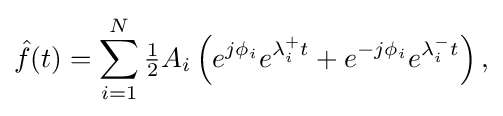
{\begin{aligned}{\hat {f}}(t)=\sum _{i=1}^{N}{\tfrac {1}{2}}A_{i}\left(e^{j\phi _{i}}e^{\lambda _{i}^{+}t}+e^{-j\phi _{i}}e^{\lambda _{i}^{-}t}\right),\end{aligned}}